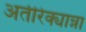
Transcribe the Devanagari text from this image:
अतीरेक्यान्ना